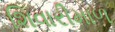
શિવારીમાળ